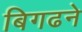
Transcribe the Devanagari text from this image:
बिगढने